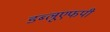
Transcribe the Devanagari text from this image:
डब्लूएफपी